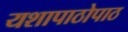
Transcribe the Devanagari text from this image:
यशापाठोपाठ